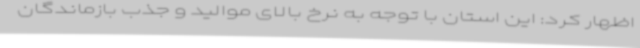
اظهار کرد: این استان با توجه به نرخ بالای موالید و جذب بازماندگان